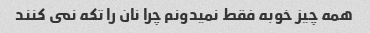
همه چیز خوبه فقط نمیدونم چرا نان را تکه نمى کنند